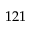
1 2 1